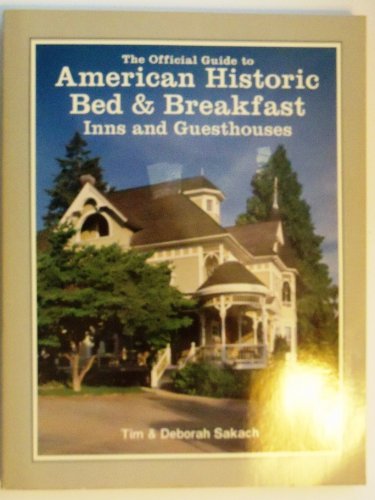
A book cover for The Official Guide to American Historic Bed & Breakfast Inns & Guesthouses (Official Guide to American Historic Inns: Bed & Breakfasts & Country Inns); Timothy Sakach; Travel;